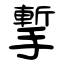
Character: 㨻